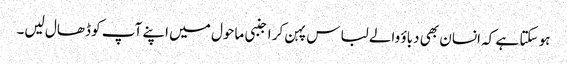
ہو سکتا ہے کہ انسان بھی دباؤ والے لباس پہن کر اجنبی ماحول میں اپنے آپ کو ڈھال لیں۔